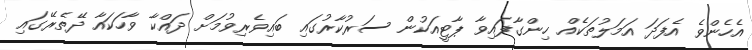
އެހެންވެ އެފަދަ އަމަލުތަކެއް ހިންގާފައިވާ ޕާޓީއަކުން ސަރުކާރުގައި ބައިވެރިވުމަށް ދައްކާ ވާހަކައާ ދޭތެރޭގައި